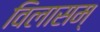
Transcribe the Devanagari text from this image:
विलासम्